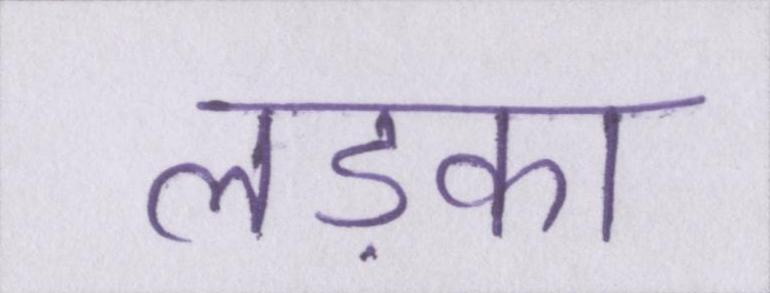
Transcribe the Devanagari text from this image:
लड़का